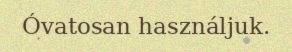
Óvatosan használjuk.